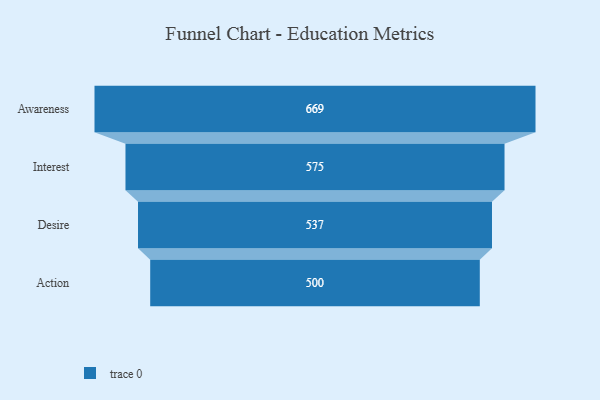
{"axis": {"x": "Stage", "y": "Value"}, "legend": [""], "data": [{"x": "Awareness", "y": 669.0, "type": ""}, {"x": "Interest", "y": 575.0, "type": ""}, {"x": "Desire", "y": 537.0, "type": ""}, {"x": "Action", "y": 500, "type": ""}]}